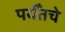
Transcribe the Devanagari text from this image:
पर्यँतचे